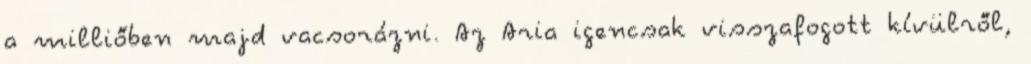
a milliőben majd vacsorázni. Az Aria igencsak visszafogott kívülről,